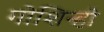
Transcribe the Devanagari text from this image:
गोशिन्हो